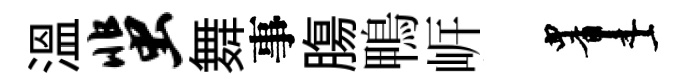
溫蜚舞事膓鴨㟁画